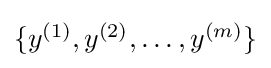
{\textstyle \{y^{(1)},y^{(2)},\dots ,y^{(m)}\}}